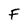
Character: F